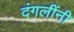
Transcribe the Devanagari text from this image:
दंगलींनी